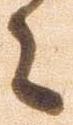
々